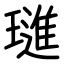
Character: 璡